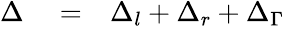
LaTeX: \begin{array}{rlr}{\Delta}&{{}=}&{\Delta_{l}+\Delta_{r}+\Delta_{\Gamma}}\end{array}